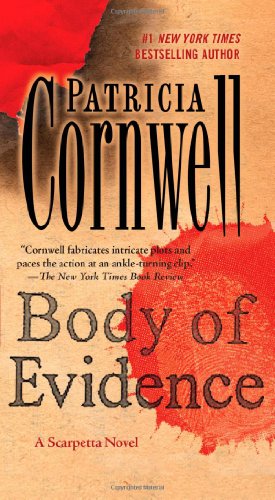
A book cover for Body of Evidence: Scarpetta 2 (Kay Scarpetta); Patricia Cornwell; Mystery, Thriller & Suspense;